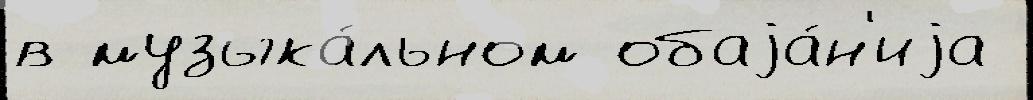
в музыка́льном обаjа́н'иjа